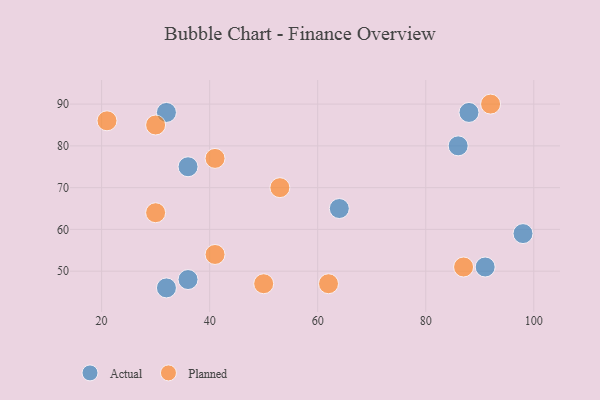
{"axis": {"x": "GDP", "y": "Life Expectancy"}, "legend": ["Actual", "Planned"], "data": [{"x": "64", "y": 65, "type": "Actual"}, {"x": "88", "y": 88, "type": "Actual"}, {"x": "32", "y": 88, "type": "Actual"}, {"x": "36", "y": 48, "type": "Actual"}, {"x": "86", "y": 80, "type": "Actual"}, {"x": "91", "y": 51, "type": "Actual"}, {"x": "36", "y": 75, "type": "Actual"}, {"x": "98", "y": 59, "type": "Actual"}, {"x": "32", "y": 46, "type": "Actual"}, {"x": "92", "y": 90, "type": "Planned"}, {"x": "50", "y": 47, "type": "Planned"}, {"x": "21", "y": 86, "type": "Planned"}, {"x": "53", "y": 70, "type": "Planned"}, {"x": "62", "y": 47, "type": "Planned"}, {"x": "87", "y": 51, "type": "Planned"}, {"x": "41", "y": 77, "type": "Planned"}, {"x": "30", "y": 64, "type": "Planned"}, {"x": "41", "y": 54, "type": "Planned"}, {"x": "30", "y": 85, "type": "Planned"}]}